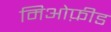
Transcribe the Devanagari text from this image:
मिओफ़ीड